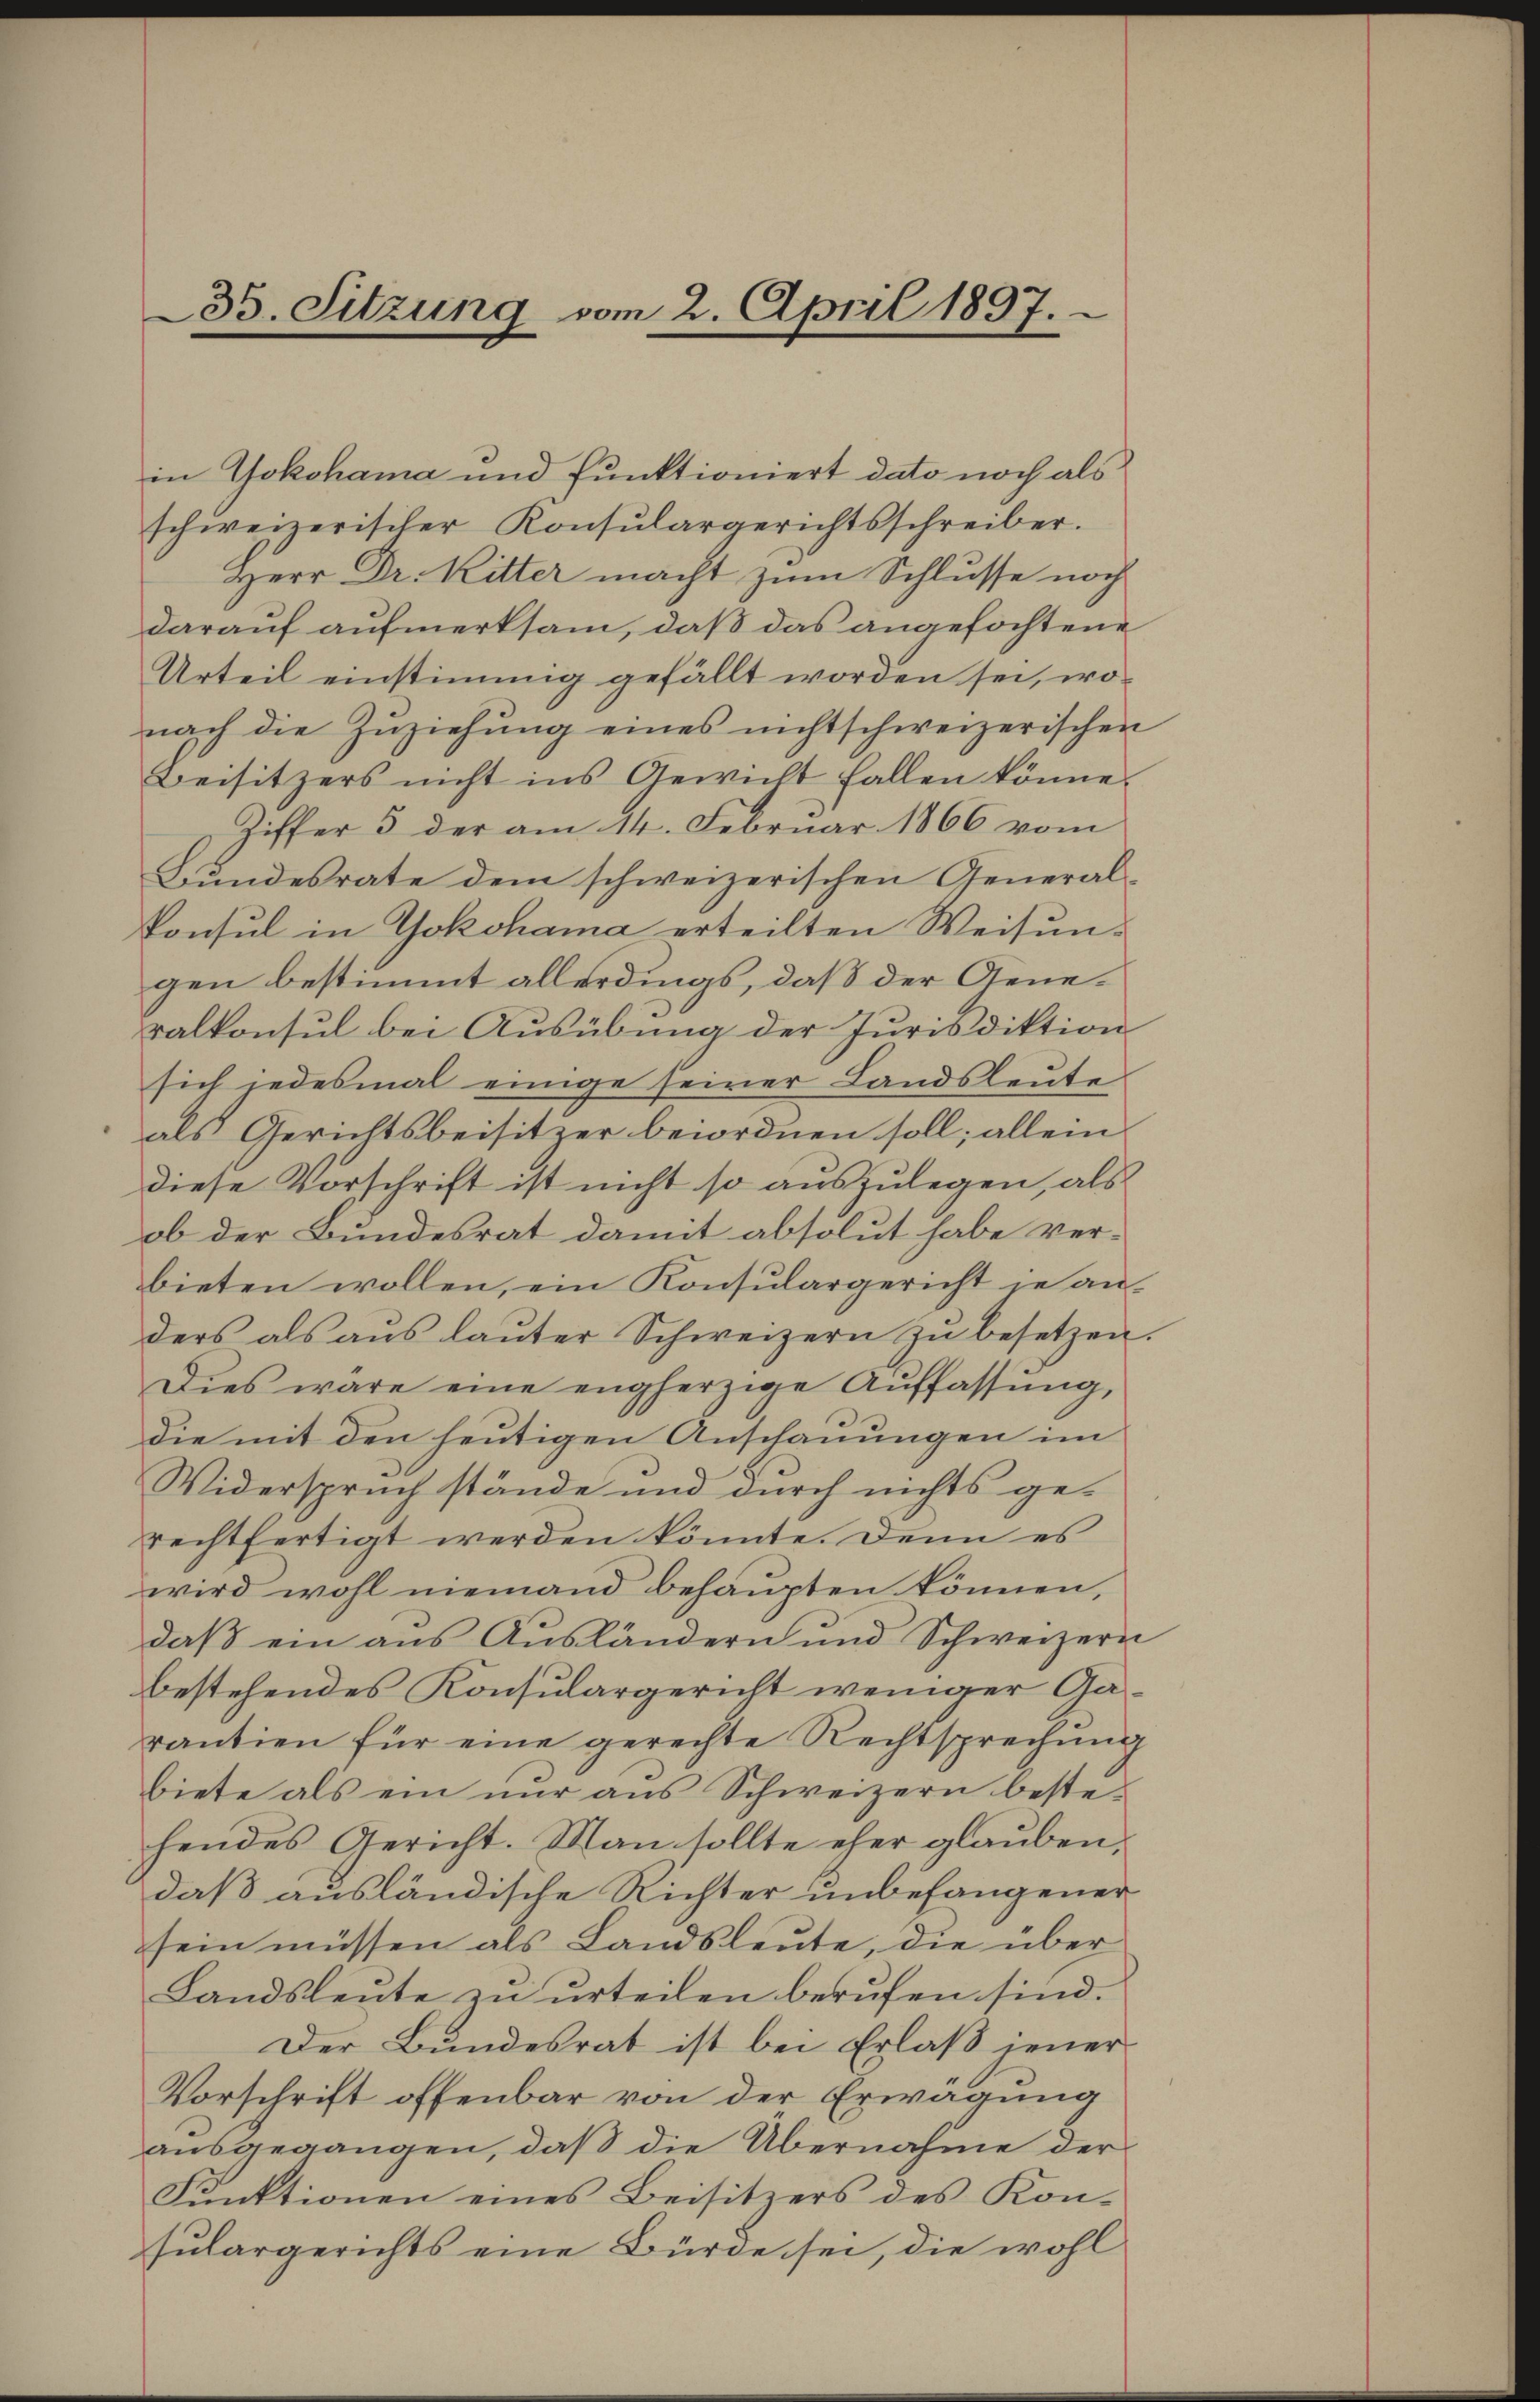
35. Sitzung vom 2. April 1897.

in Yokohama und Funktioniert dato noch als
schweizerischer Konsulargerichtsschreiber.
Herr Dr. Ritter macht zum Schlusse noch
darauf aufmerksam, daß das angefochtene
Urteil einstimmig gefällt worden sei, wonach die Zŭziehŭng eines nichtschweizerischen
Beisitzers nicht ins Gewicht fallen könne.
Ziffer 3 der am 14. Februar 1866 vom
Bundesrate dem schweizerischen General¬
Konsul in Yokohama erteilten Weisungen bestimmt allerdings, daß der Generalkonsul bei Ausübung der Jurisdiktion
sich jedesmal einige seiner Landsleute
als Gerichtsbeisitzer beiordnen soll; allein
diese Vorschrift ist nicht so auszulegen, als
ob der Bundesrat damit absolut habe verbieten wollen, ein Konsulargericht je anders als ans laŭter Schweizern zŭ besetzen
Dies wäre eine engherzige Auffassung,
die mit den heutigen Anschauungen im
Widerspruch stände und durch nichts ge-
rechtfertigt werden könnte. Denn es
wird wohl niemand behaupten können,
daβ ein aus Aŭsländern und Schweizern
bestehendes Konsulargericht weniger Garantien für eine gerechte Rechtsprechŭng
biete als ein nur aus Schweizern bestehendes Gericht. Man sollte eher glauben,
daß ausländische Richter unbefangener
sein müssen als Landsleute, die über
Landsleute zu urteilen berufen sind.
Der Bundesrat ist bei Erlaß jener
Vorschrift offenbar von der Erwägung
ausgegangen, daß die Übernahme der
Funktionen eines Beisitzers des Konsulargerichts eine Bürde sei, die wohl

n